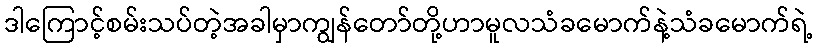
ဒါကြောင့်စမ်းသပ်တဲ့အခါမှာကျွန်တော်တို့ဟာမူလသံခမောက်နဲ့သံခမောက်ရဲ့